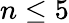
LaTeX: n\leq 5